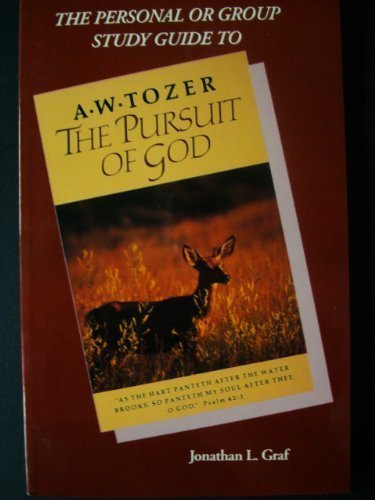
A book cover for Pursuit of God; Jonathan L. Graf; Christian Books & Bibles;